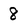
Character: 8